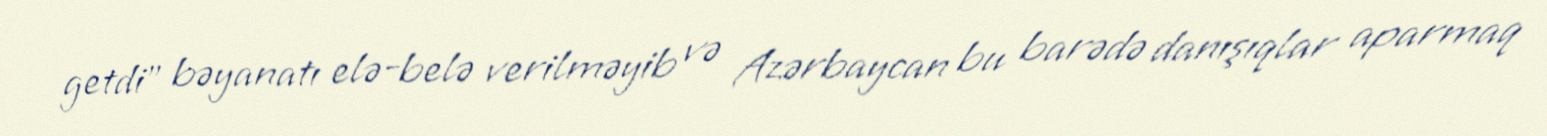
getdi” bəyanatı elə-belə verilməyib və Azərbaycan bu barədə danışıqlar aparmaq